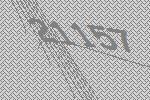
21157